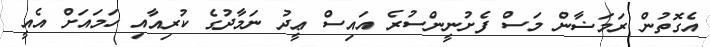
އެގޮތުން ރަމަޟާން މަސް ފެށުނީންސުރެ އައިސް ޢީދު ނަމާދުގެ ކުރިއާއި ހަމައަށް އެއީ